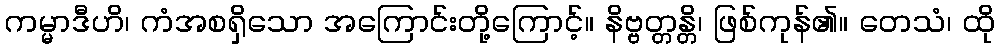
ကမ္မာဒီဟိ၊ ကံအစရှိသော အကြောင်းတို့ကြောင့်။ နိဗ္ဗတ္တန္တိ၊ ဖြစ်ကုန်၏။ တေသံ၊ ထို